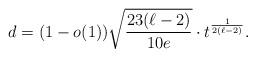
LaTeX: \begin{align*}d = (1-o(1))\sqrt{\frac{23(\ell-2)}{10e}}\cdot t^{\frac{1}{2(\ell-2)}}.\end{align*}